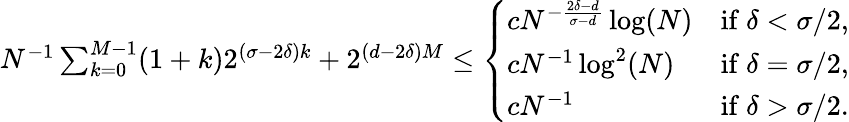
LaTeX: \begin{array}{r}{N^{-1}\sum_{k=0}^{M-1}(1+k)2^{(\sigma-2\delta)k}+2^{(d-2\delta)M}\leq\left\{ \begin{array}{ll}{cN^{-\frac{2\delta-d}{\sigma-d}}\log(N)}&{\mathrm{if~}\delta<\sigma/2,}\\ {cN^{-1}\log^{2}(N)}&{\mathrm{if~}\delta=\sigma/2,}\\ {cN^{-1}}&{\mathrm{if~}\delta>\sigma/2.}\end{array}\right.}\end{array}